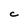
Character: C